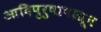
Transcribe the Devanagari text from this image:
आदिपुरुषापासून